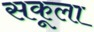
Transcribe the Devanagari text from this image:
सकूला